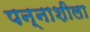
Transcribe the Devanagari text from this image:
पन्नाशीला